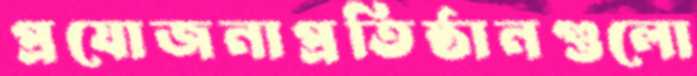
প্রযোজনাপ্রতিষ্ঠানগুলো